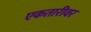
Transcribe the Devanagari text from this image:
एकतारीवर